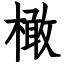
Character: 橄